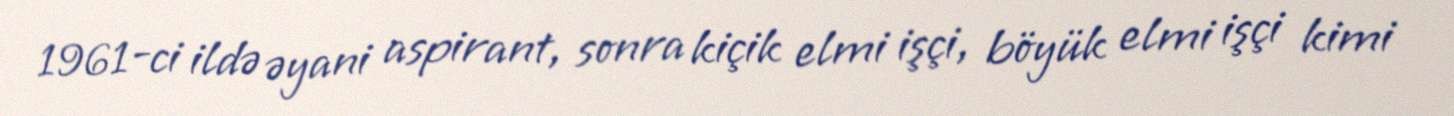
1961-ci ildə əyani aspirant, sonra kiçik elmi işçi, böyük elmi işçi kimi